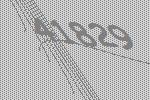
41829